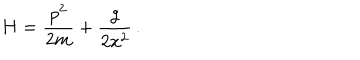
LaTeX: H = { \frac { p ^ { 2 } } { 2 m } } + { \frac { g } { 2 x ^ { 2 } } } \, .